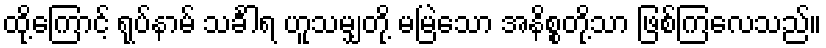
ထို့ကြောင့် ရုပ်နာမ် သင်္ခါရ ဟူသမျှတို့ မမြဲသော အနိစ္စတို့သာ ဖြစ်ကြလေသည်။